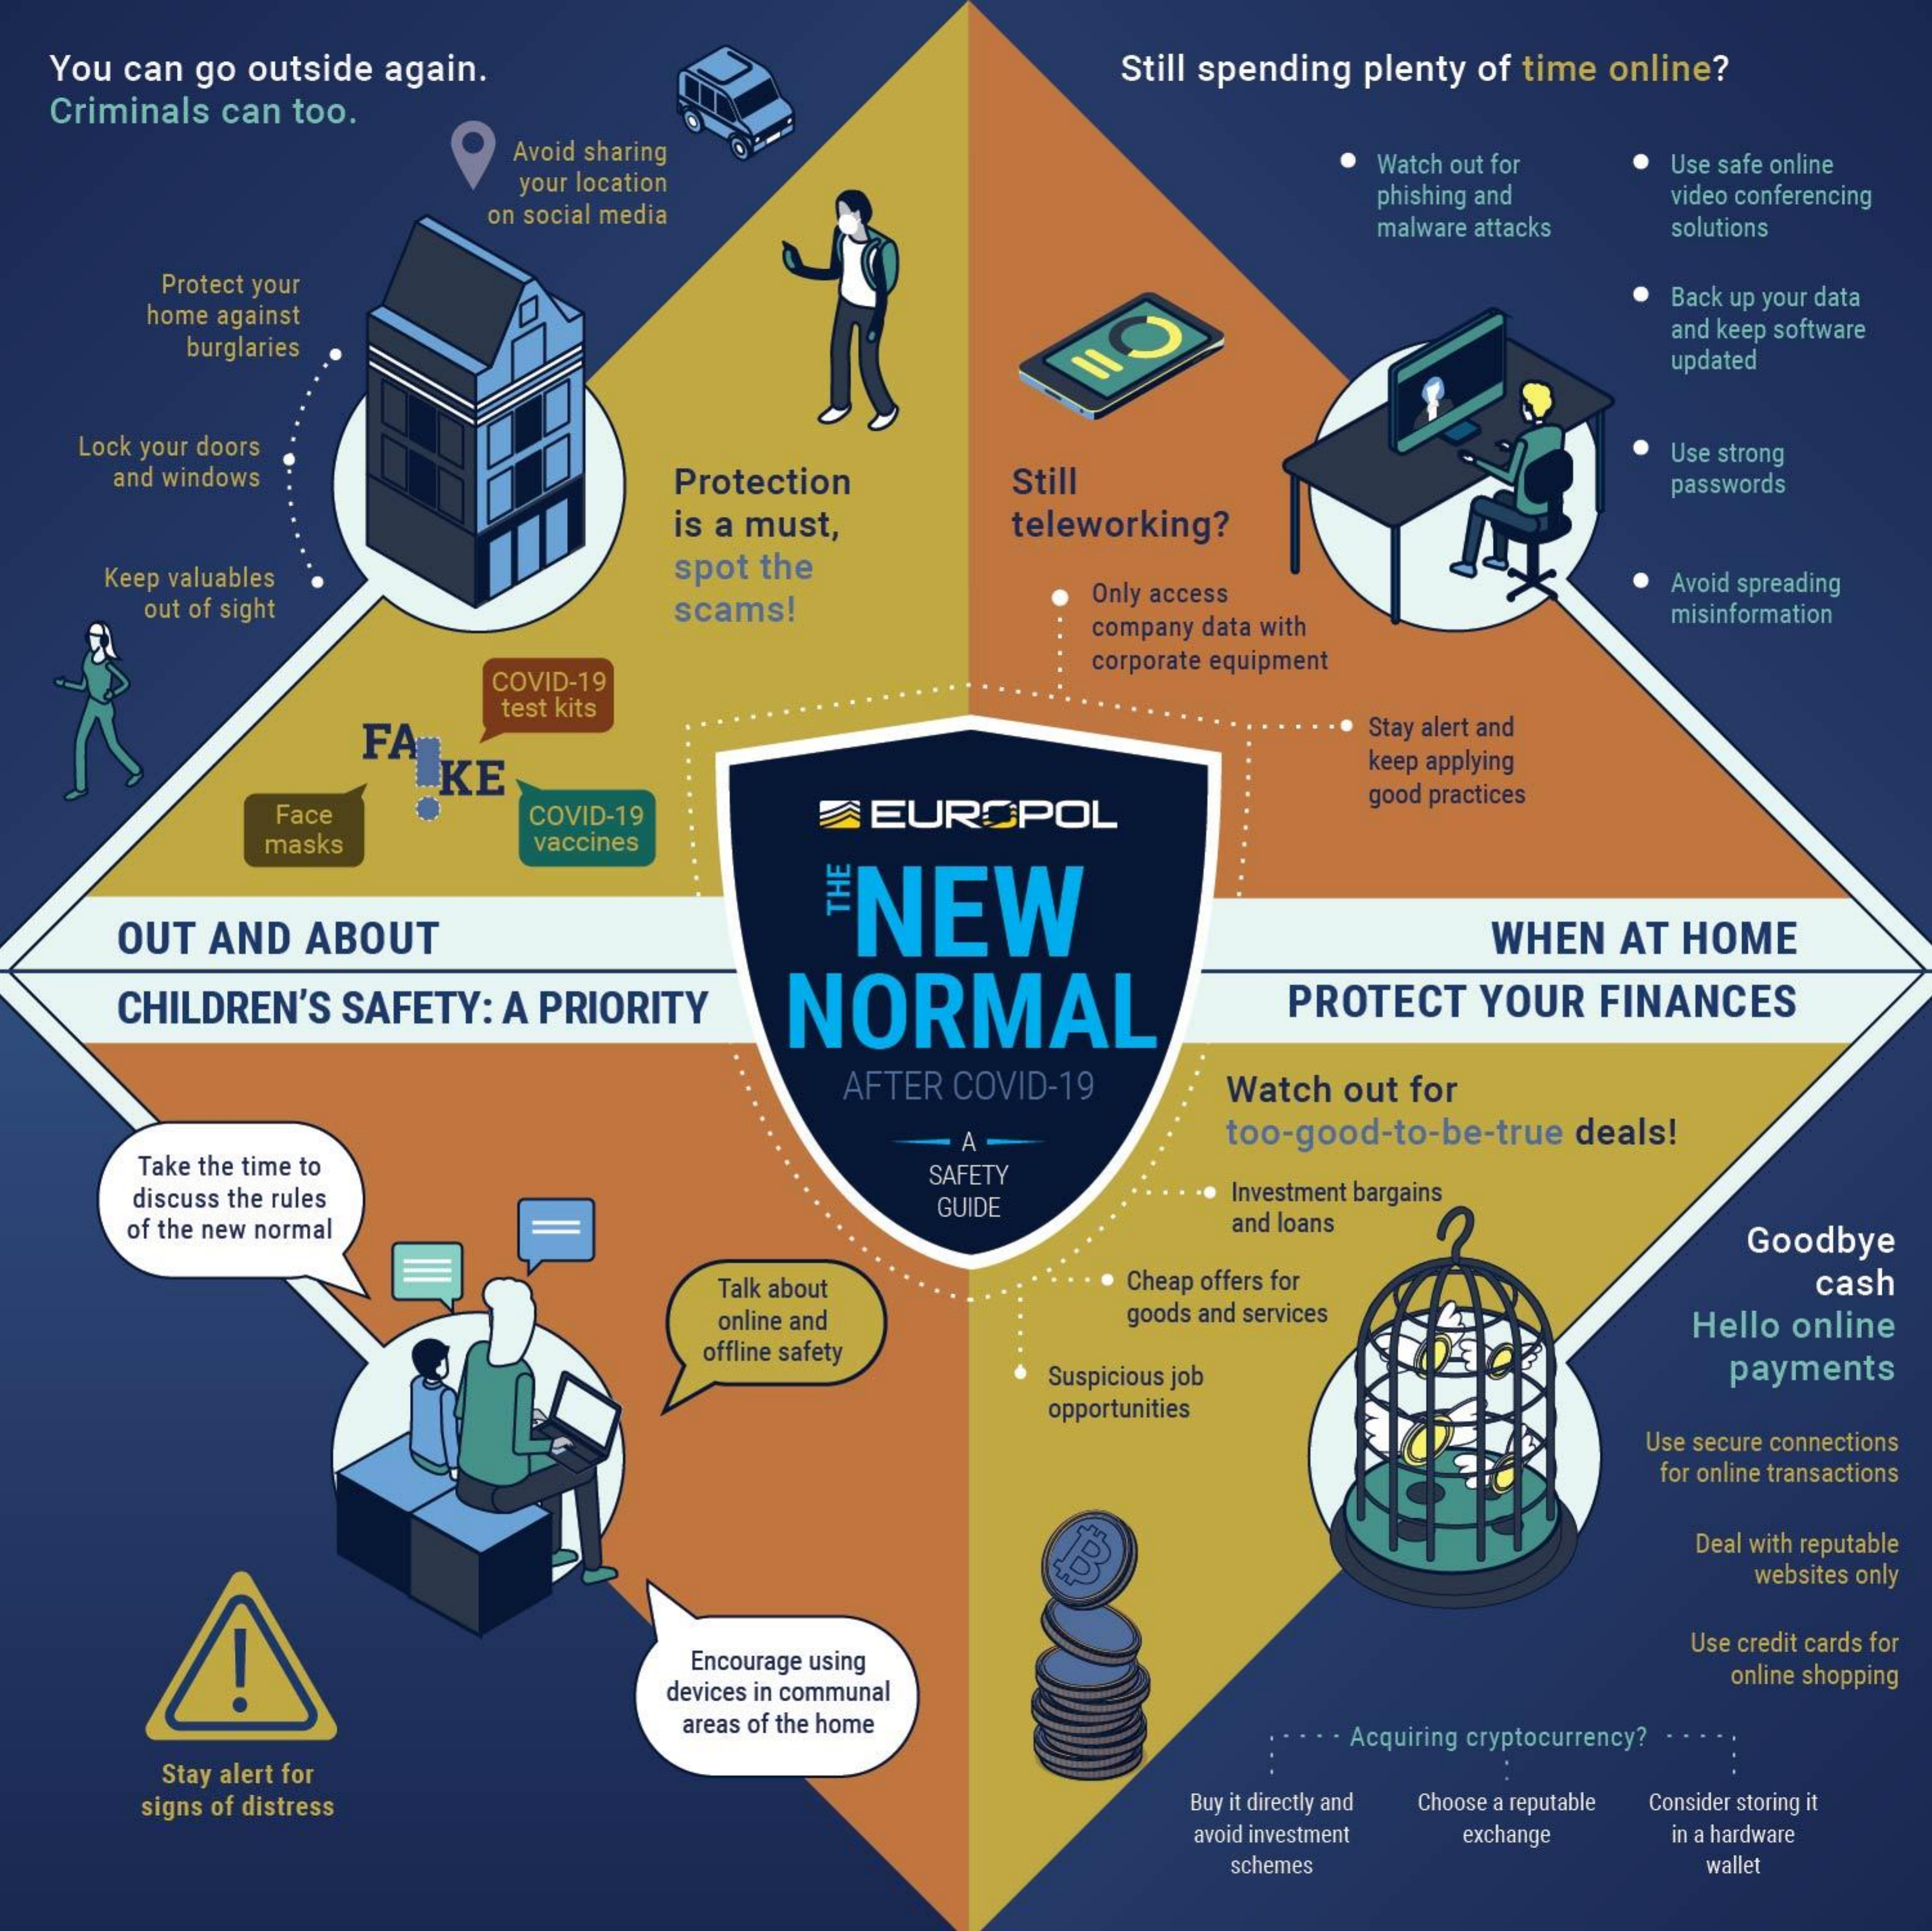
You can go outside again.    Still spending plenty of time online?
  Criminals can too.
     Avoid sharing
     your location
     Watch out for Use safe online
     on social media
     phishing and video conferencing
     malware attacks solutions
     Protect your
     home against
     Back up your data
     burglaries
     and keep software
     updated
   Lock your doors
     and windows    Protection   Still
     Use strong
     passwords
     is a must,   teleworking?
    Keep valuables    spot the
     out of sight    scams!    Only access    Avoid spreading
     company data with    misinformation
     COVID-19
     corporate equipment
     FA
     test kits
     ILKE
     Stay alert and
     keep applying
     Face    COVID-19    EUROPOL
     good practices
     masks    vaccines
     NEW
     OUT AND ABOUT    WHEN AT HOME
     CHILDREN'S SAFETY: A PRIORITY NORMAL    PROTECT YOUR FINANCES
     AFTER COVID-19 Watch out for
     too-good-to-be-true deals!
     Take the time to
     discuss the rules
     SAFETY
     GUIDE    Investment bargains
     of the new normal    and loans
     Goodbye
     Talk about    Cheap offers for    cash
     online and    goods and services    Hello online
     offline safety
     Suspicious job    payments
     opportunities
     Use secure connections
     for online transactions
     Deal with reputable
     websites only
     Encourage using
     Use credit cards for
     devices in communal
     online shopping
     areas of the home
     . . . Acquiring cryptocurrency?
     Stay alert for
     signs of distress    Buy it directly and Choose a reputable Consider storing it
     avoid investment exchange in a hardware
     schemes    wallet